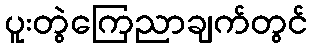
ပူးတွဲကြေညာချက်တွင်